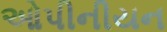
ઓપીનીયન